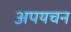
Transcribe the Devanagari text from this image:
अपयचन